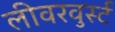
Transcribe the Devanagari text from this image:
लीवरवुर्स्ट